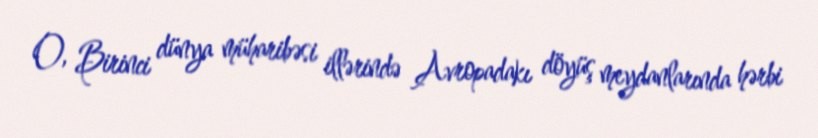
O, Birinci dünya müharibəsi illərində Avropadakı döyüş meydanlarında hərbi